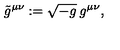
\tilde { g } ^ { \mu \nu } : = \sqrt { - g } \: g ^ { \mu \nu } ,